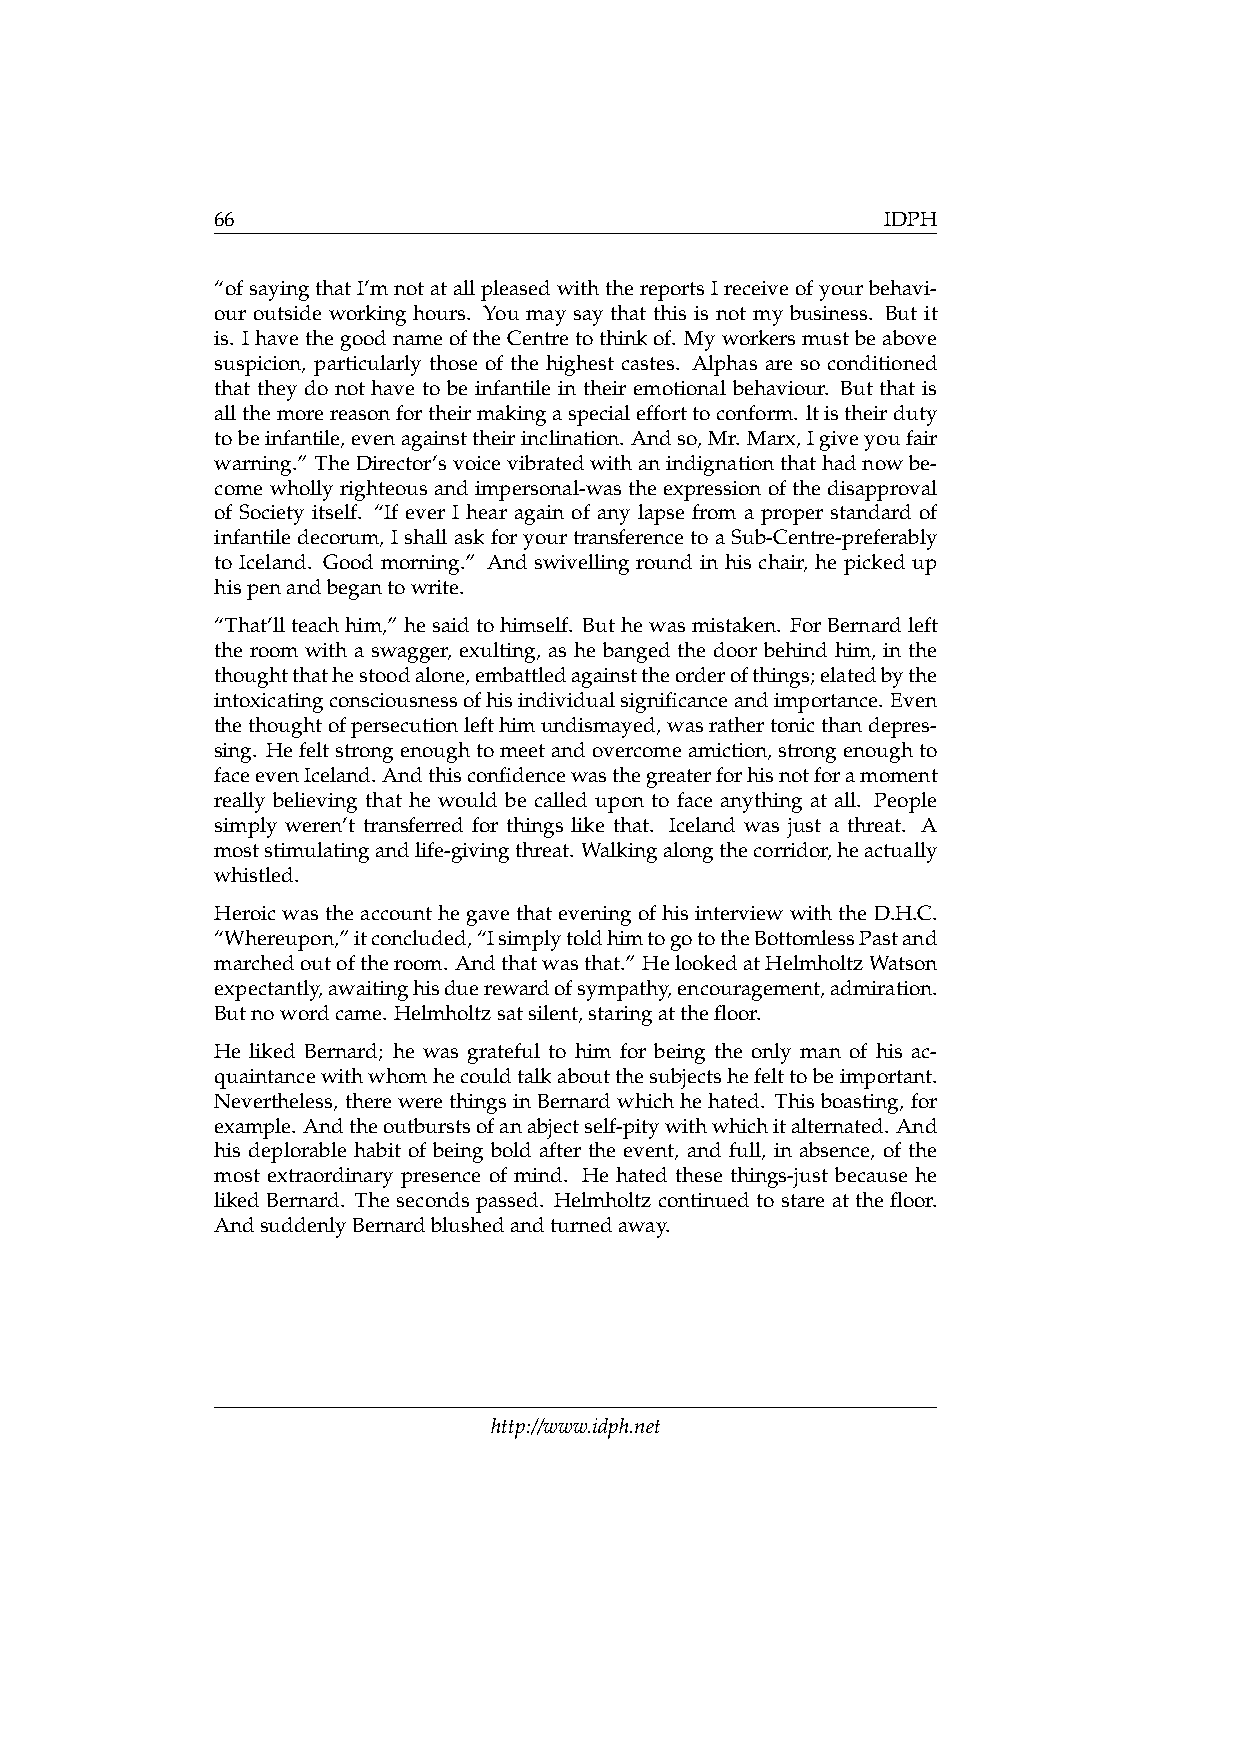
66                                           IDPH
 “ofsayingthatI’mnotatallpleasedwiththereportsIreceiveofyourbehavi-
 our outside working hours. You may say that this is not my business. But it
 is. IhavethegoodnameoftheCentretothinkof. Myworkersmustbeabove
 suspicion, particularly those of the highest castes. Alphas are so conditioned
 that they do not have to be infantile in their emotional behaviour. But that is
 allthemorereasonfortheirmakingaspecialefforttoconform. ltistheirduty
 tobeinfantile,evenagainsttheirinclination. Andso,Mr. Marx,Igiveyoufair
 warning.” TheDirector’svoicevibratedwithanindignationthathadnowbe-
 comewhollyrighteousandimpersonal-wastheexpressionofthedisapproval
 of Society itself. “If ever I hear again of any lapse from a proper standard of
 infantiledecorum, IshallaskforyourtransferencetoaSub-Centre-preferably
 to Iceland. Good morning.” And swivelling round in his chair, he picked up
 hispenandbegantowrite.
 “That’llteachhim,” hesaidtohimself. Buthewasmistaken. ForBernardleft
 the room with a swagger, exulting, as he banged the door behind him, in the
 thoughtthathestoodalone,embattledagainsttheorderofthings;elatedbythe
 intoxicatingconsciousnessofhisindividualsignificanceandimportance. Even
 thethoughtofpersecutionlefthimundismayed,wasrathertonicthandepres-
 sing. Hefeltstrongenoughtomeetandovercomeamiction,strongenoughto
 faceevenIceland. Andthisconfidencewasthegreaterforhisnotforamoment
 really believing that he would be called upon to face anything at all. People
 simply weren’t transferred for things like that. Iceland was just a threat. A
 moststimulatingandlife-givingthreat. Walkingalongthecorridor,heactually
 whistled.
 HeroicwastheaccounthegavethateveningofhisinterviewwiththeD.H.C.
 “Whereupon,”itconcluded,“IsimplytoldhimtogototheBottomlessPastand
 marchedoutoftheroom. Andthatwasthat.” HelookedatHelmholtzWatson
 expectantly,awaitinghisduerewardofsympathy,encouragement,admiration.
 Butnowordcame. Helmholtzsatsilent,staringatthefloor.
 He liked Bernard; he was grateful to him for being the only man of his ac-
 quaintancewithwhomhecouldtalkaboutthesubjectshefelttobeimportant.
 Nevertheless, therewerethingsinBernardwhichhehated. Thisboasting, for
 example. Andtheoutburstsofanabjectself-pitywithwhichitalternated. And
 his deplorable habit of being bold after the event, and full, in absence, of the
 most extraordinary presence of mind. He hated these things-just because he
 likedBernard. Thesecondspassed. Helmholtzcontinuedtostareat thefloor.
 AndsuddenlyBernardblushedandturnedaway.
 http://www.idph.net